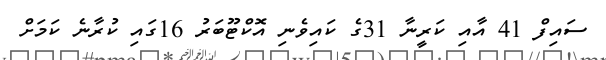
ސައިފް 41 އާއި ކަރީނާ 31ގެ ކައިވެނި އޮކްޓޫބަރު 16ގައި ކުރާނެ ކަމަށް